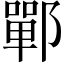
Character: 鄲